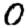
Digit: 0